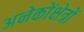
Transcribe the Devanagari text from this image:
अनेकोंक्षेत्रों